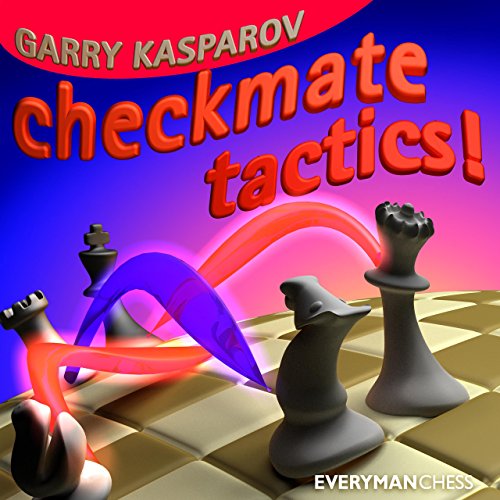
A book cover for Checkmate Tactics; Garry Kasparov; Humor & Entertainment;